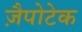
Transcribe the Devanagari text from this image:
ज़ैपोटेक